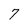
Character: 7